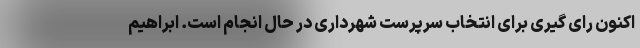
اکنون رای گیری برای انتخاب سرپرست شهرداری در حال انجام است. ابراهیم